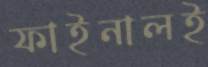
ফাইনালই